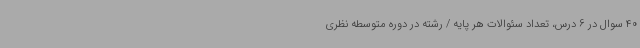
40 سوال در 6 درس، تعداد سئوالات هر پایه / رشته در دوره متوسطه نظری